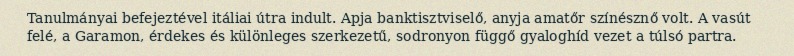
Tanulmányai befejeztével itáliai útra indult. Apja banktisztviselő, anyja amatőr színésznő volt. A vasút felé, a Garamon, érdekes és különleges szerkezetű, sodronyon függő gyaloghíd vezet a túlsó partra.